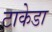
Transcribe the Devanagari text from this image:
टाकेडा